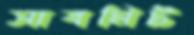
সাবমিট